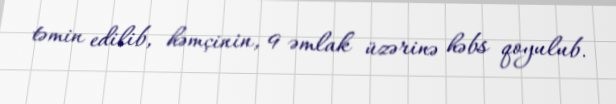
təmin edilib, həmçinin, 9 əmlak üzərinə həbs qoyulub.